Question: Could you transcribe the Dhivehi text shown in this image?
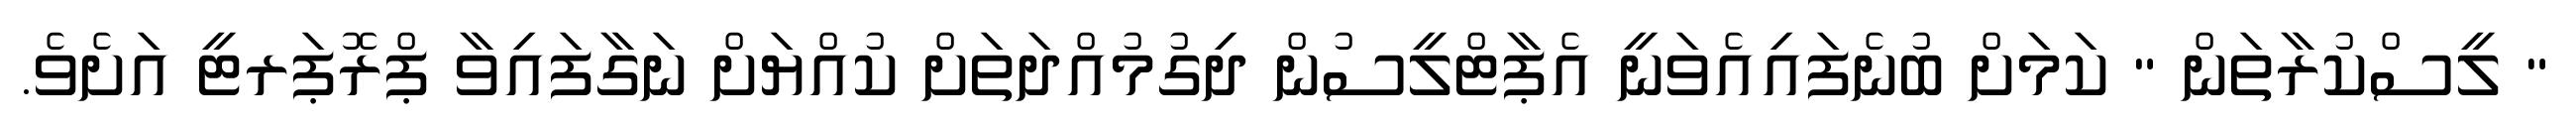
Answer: " ލީސްކުރާތަން " ކަމަށް ބުނެފައިއެވަނީ އެޕާޓްލީސުން ދިގުމުއްދަތަށް ކުއްޔަށް ނަގާފައިވާ ޕްރޮޕަރޓީ އަށެވެ.